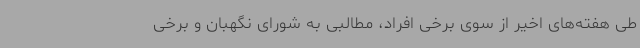
طی هفته‌های اخیر از سوی برخی افراد، مطالبی به شورای نگهبان و برخی